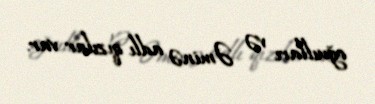
oğuılları və Əminə adlı qızılar var.